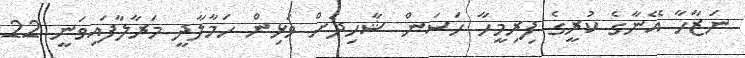
ނަޒާހާ އޭނާގެ ކުރީގެ ފިރިމީހާ ހަސަން ޝާހިދަށް ވަޅިން ހަމާލާދީ މަރާލާފައިވަނީ 22